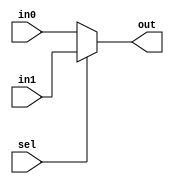
module sel(in0, in1, sel, out);
	input wire [23:0] in0, in1;
	input wire sel;
	output wire [23:0] out;

	assign out = (sel) ? in1:in0;
endmodule